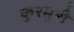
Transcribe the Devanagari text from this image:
कुरमुरी